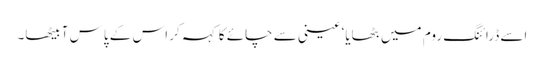
اسے ڈرائنگ روم میں بٹھایا‘ عینی سے چائے کا کہہ کر اس کے پاس آ بیٹھا۔